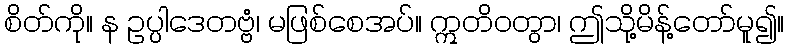
စိတ်ကို။ န ဥပ္ပါဒေတဗ္ဗံ၊ မဖြစ်စေအပ်။ ဣတိဝတွာ၊ ဤသို့မိန့်တော်မူ၍။